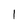
Character: 1